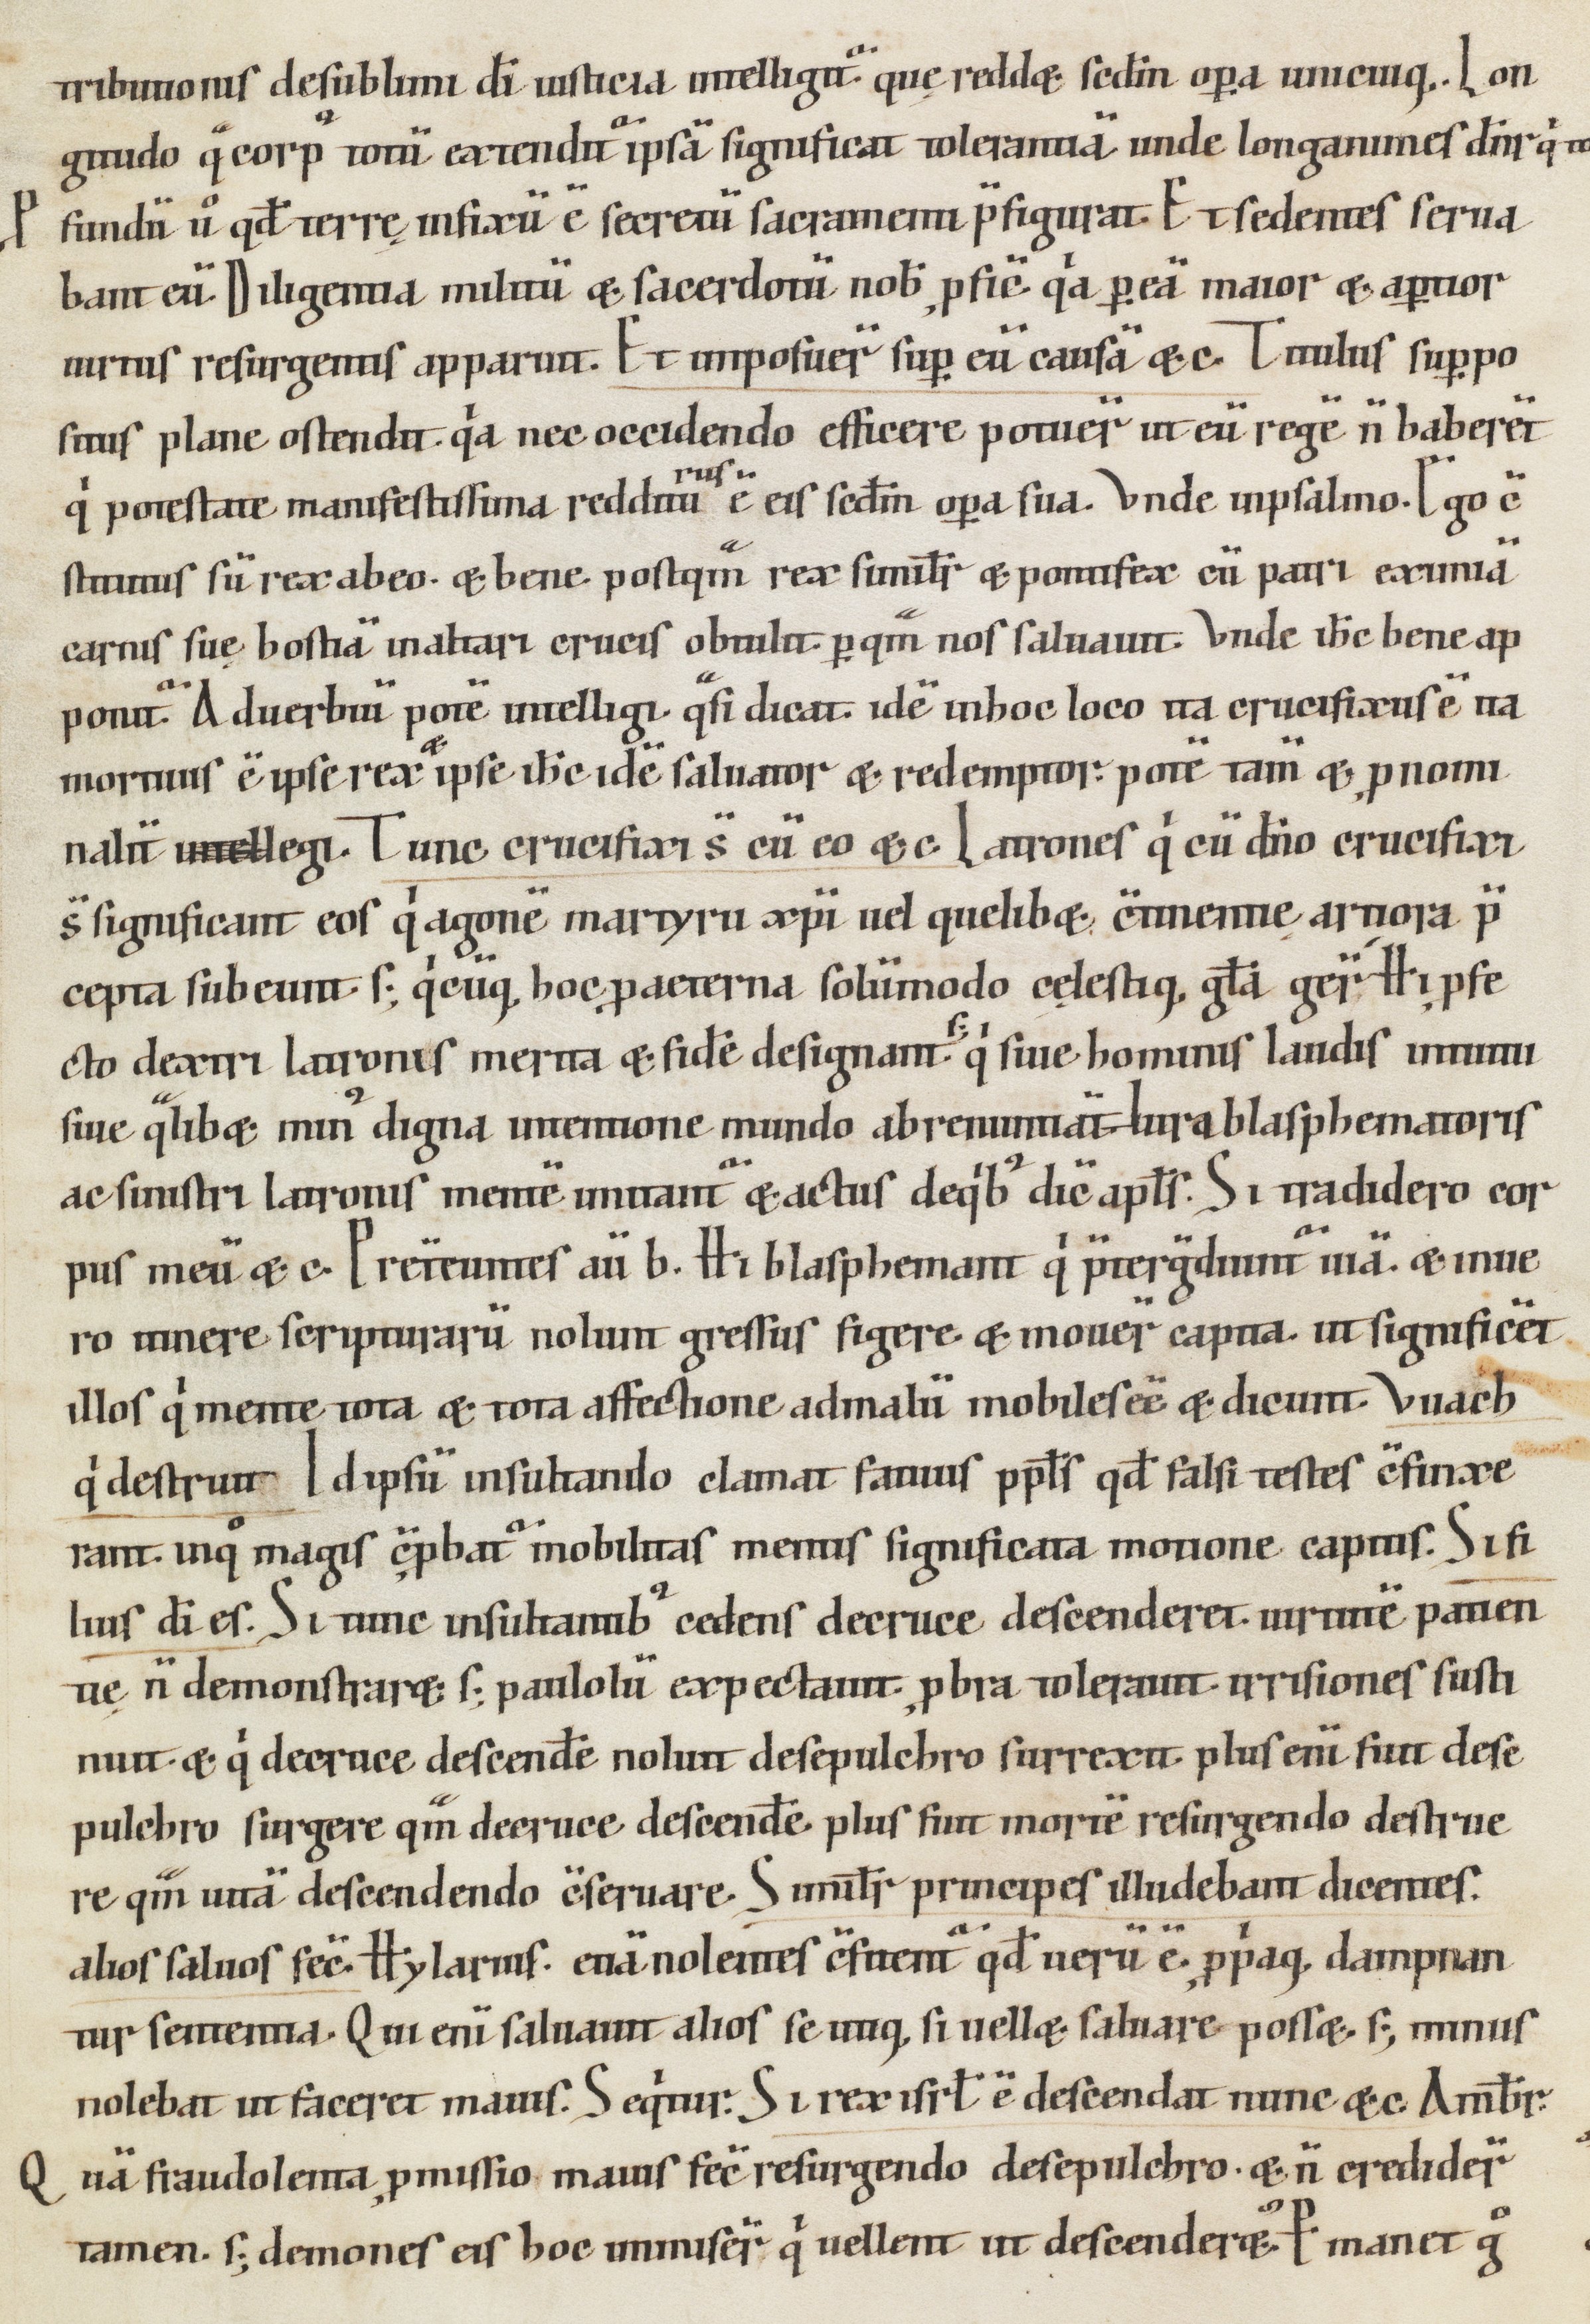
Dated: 1000–1199